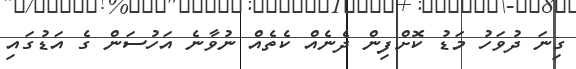
ގިނަ ދުވަހު މަޑު ކޮށްފިން ދެނެއް ކެތެއް ނުވާނެ އަހުސަން ގެ އަޑުގައި